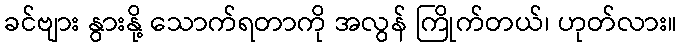
ခင်ဗျား နွားနို့ သောက်ရတာကို အလွန် ကြိုက်တယ်၊ ဟုတ်လား။